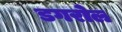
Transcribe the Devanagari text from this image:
डगरोल